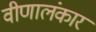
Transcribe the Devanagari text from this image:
वीणालंकार